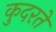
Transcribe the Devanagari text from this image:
कुदरते